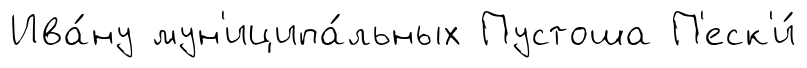
Ива́ну мун'иципа́льных Пустоша П'еск'и́